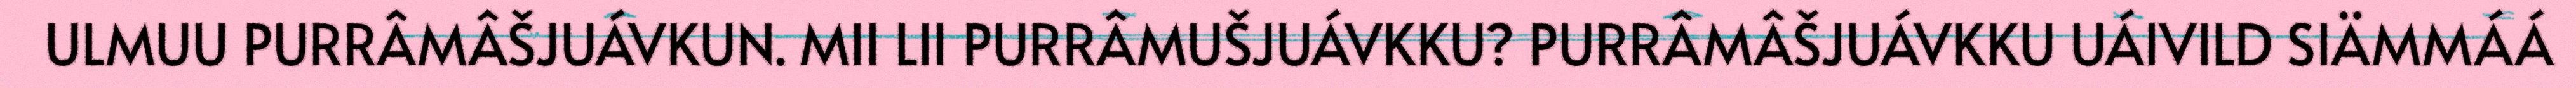
ULMUU PURRÂMÂŠJUÁVKUN. MII LII PURRÂMUŠJUÁVKKU? PURRÂMÂŠJUÁVKKU UÁIVILD SIÄMMÁÁ